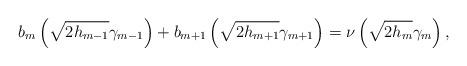
LaTeX: \begin{align*}b_m\left(\sqrt{2h_{m-1}}\gamma_{m-1}\right)+b_{m+1}\left(\sqrt{2h_{m+1}}\gamma_{m+1}\right)=\nu\left(\sqrt{2h_m}\gamma_m\right),\end{align*}